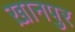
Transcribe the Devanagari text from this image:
ख़ानपुर